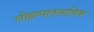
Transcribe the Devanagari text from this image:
लोहव्यावसायिक